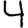
Digit: 4